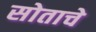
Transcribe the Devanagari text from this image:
सोताचे